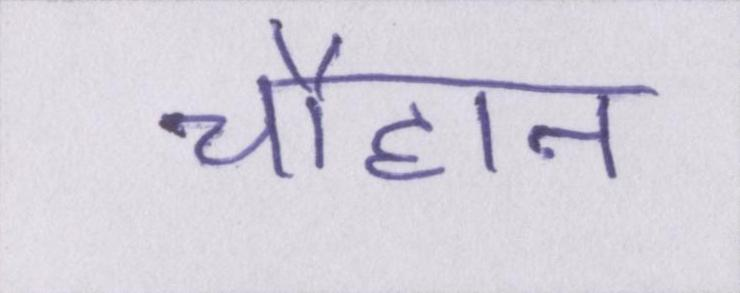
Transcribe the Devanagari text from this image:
चौहान